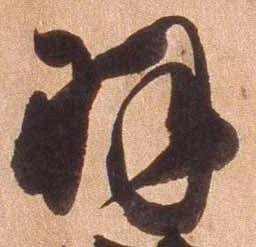
羽